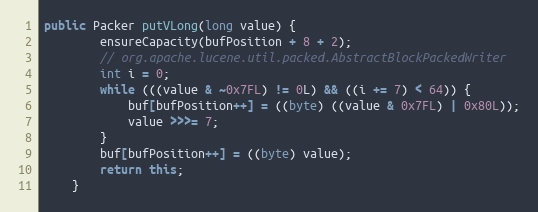
Language: Java
public Packer putVLong(long value) {
		ensureCapacity(bufPosition + 8 + 2);
		// org.apache.lucene.util.packed.AbstractBlockPackedWriter
		int i = 0;
		while (((value & ~0x7FL) != 0L) && ((i += 7) < 64)) {
			buf[bufPosition++] = ((byte) ((value & 0x7FL) | 0x80L));
			value >>>= 7;
		}
		buf[bufPosition++] = ((byte) value);
		return this;
	}